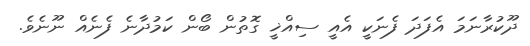
ދޫކުރާނަމަ އެފަދަ ފެނަކީ އެއީ ސިއްޚީ ގޮތުން ބޯން ކަމުދާނެ ފެނެއް ނޫނެވެ.